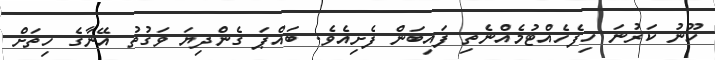
ހޫނު ކަރުނަ ހިފެހެއްޓުމެއްނެތި ފައިބަން ފެށިއެވެ. ބައްޕަ ގެންދިޔަ ވަގުތު އޭނާގެ ހިތަށް